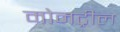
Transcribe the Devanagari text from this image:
मोनट्रील